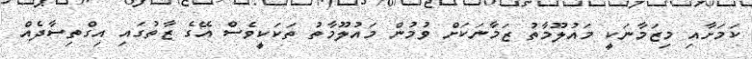
ކަމަށާއި މިޒަމާނަކީ މައުލޫމާތު ޒަމާނަކަށް ވުމުން މައުލޫމާތު ތަކަކީވެސް އޭގެ ޒާތުގައި އިގްތިސާދެއް